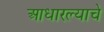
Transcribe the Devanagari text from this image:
आधारल्याचे